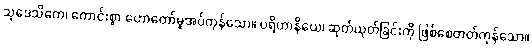
သုဒေသိတေ၊ ကောင်းစွာ ဟောတော်မူအပ်ကုန်သော။ ပရိဟာနိယေ၊ ဆုတ်ယုတ်ခြင်းကို ဖြစ်စေတတ်ကုန်သော။